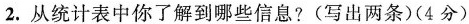
2.从统计表中你了解到哪些信息?(写出两条)(4分)